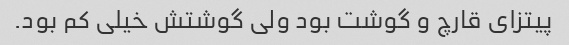
پیتزای قارچ و گوشت بود ولی گوشتش خیلی کم بود.